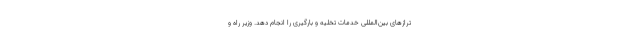
ترازهای بین‌المللی خدمات تخلیه و بارگیری را انجام دهد. وزیر راه و